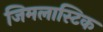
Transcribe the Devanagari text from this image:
जिमलास्टिक